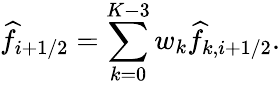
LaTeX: \widehat{f}_{i+1/2}=\sum_{k=0}^{K-3}w_{k}\widehat{f}_{k,i+1/2}.